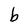
Character: b